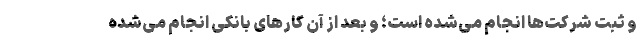
و ثبت شرکت‌ها انجام می‌شده است؛ و بعد از آن کارهای بانکی انجام می‌شده